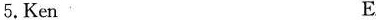
5.Ken E.